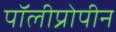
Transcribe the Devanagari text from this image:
पॉलीप्रोपीन